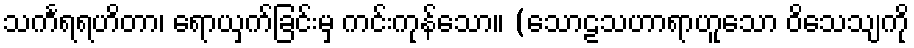
သင်္ကရရဟိတာ၊ ရောယှက်ခြင်းမှ ကင်းကုန်သော။ (သောဠသဟာရာဟူသော ဝိသေသျကို